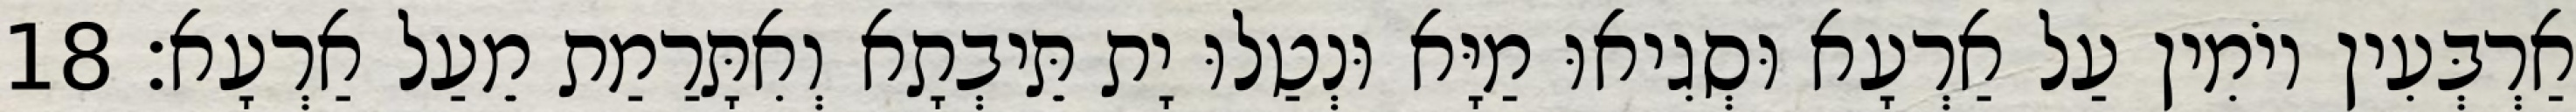
אַרְבְּעִין יוֹמִין עַל אַרְעָא וּסְגִיאוּ מַיָּא וּנְטַלוּ יָת תֵּיבְתָא וְאִתָּרַמַת מֵעַל אַרְעָא׃ 18